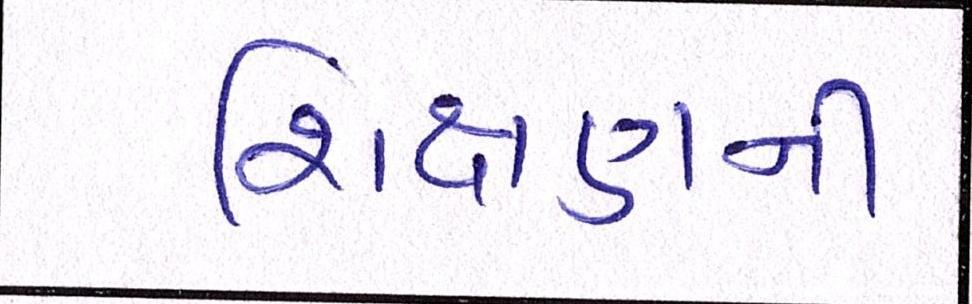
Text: શિક્ષણની